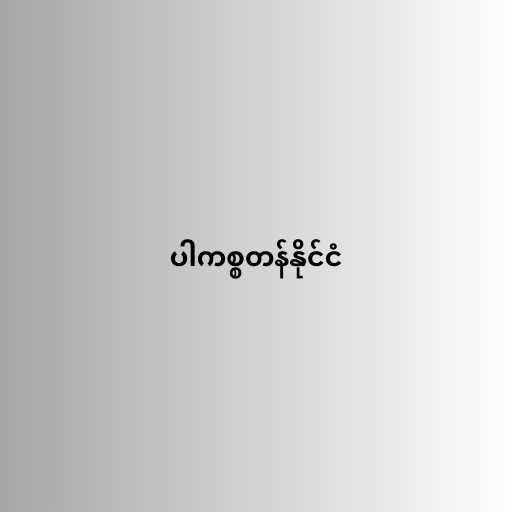
ပါကစ္စတန်နိုင်ငံ